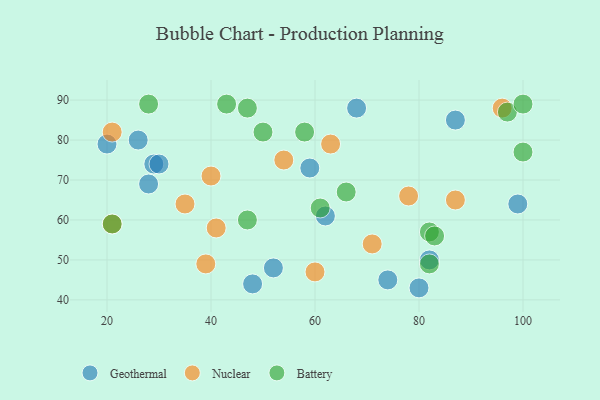
{"axis": {"x": "GDP", "y": "Life Expectancy"}, "legend": ["Battery", "Geothermal", "Nuclear"], "data": [{"x": "99", "y": 64, "type": "Geothermal"}, {"x": "48", "y": 44, "type": "Geothermal"}, {"x": "74", "y": 45, "type": "Geothermal"}, {"x": "82", "y": 50, "type": "Geothermal"}, {"x": "80", "y": 43, "type": "Geothermal"}, {"x": "26", "y": 80, "type": "Geothermal"}, {"x": "20", "y": 79, "type": "Geothermal"}, {"x": "87", "y": 85, "type": "Geothermal"}, {"x": "62", "y": 61, "type": "Geothermal"}, {"x": "28", "y": 69, "type": "Geothermal"}, {"x": "59", "y": 73, "type": "Geothermal"}, {"x": "29", "y": 74, "type": "Geothermal"}, {"x": "68", "y": 88, "type": "Geothermal"}, {"x": "52", "y": 48, "type": "Geothermal"}, {"x": "30", "y": 74, "type": "Geothermal"}, {"x": "63", "y": 79, "type": "Nuclear"}, {"x": "39", "y": 49, "type": "Nuclear"}, {"x": "35", "y": 64, "type": "Nuclear"}, {"x": "78", "y": 66, "type": "Nuclear"}, {"x": "71", "y": 54, "type": "Nuclear"}, {"x": "21", "y": 82, "type": "Nuclear"}, {"x": "60", "y": 47, "type": "Nuclear"}, {"x": "87", "y": 65, "type": "Nuclear"}, {"x": "40", "y": 71, "type": "Nuclear"}, {"x": "41", "y": 58, "type": "Nuclear"}, {"x": "96", "y": 88, "type": "Nuclear"}, {"x": "21", "y": 59, "type": "Nuclear"}, {"x": "54", "y": 75, "type": "Nuclear"}, {"x": "21", "y": 59, "type": "Battery"}, {"x": "43", "y": 89, "type": "Battery"}, {"x": "82", "y": 57, "type": "Battery"}, {"x": "50", "y": 82, "type": "Battery"}, {"x": "97", "y": 87, "type": "Battery"}, {"x": "83", "y": 56, "type": "Battery"}, {"x": "100", "y": 89, "type": "Battery"}, {"x": "66", "y": 67, "type": "Battery"}, {"x": "58", "y": 82, "type": "Battery"}, {"x": "100", "y": 77, "type": "Battery"}, {"x": "61", "y": 63, "type": "Battery"}, {"x": "28", "y": 89, "type": "Battery"}, {"x": "47", "y": 88, "type": "Battery"}, {"x": "47", "y": 60, "type": "Battery"}, {"x": "82", "y": 49, "type": "Battery"}]}